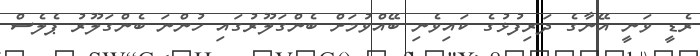
ރެޑީ ވަނީ އޭނާގެ ދަރިފުޅުގެ ކައިވެނި ބޭއްވުމަށް ބެންގަލޫރުގައި ހުންނަ ބެންގަލޫރު ޕެލެސް